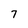
Character: 7